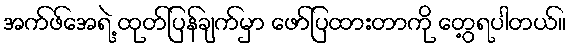
အက်ဖ်အေရဲ့ ထုတ်ပြန်ချက်မှာ ဖော်ပြထားတာကို တွေ့ရပါတယ်။